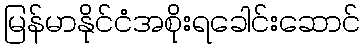
မြန်မာနိုင်ငံအစိုးရခေါင်းဆောင်